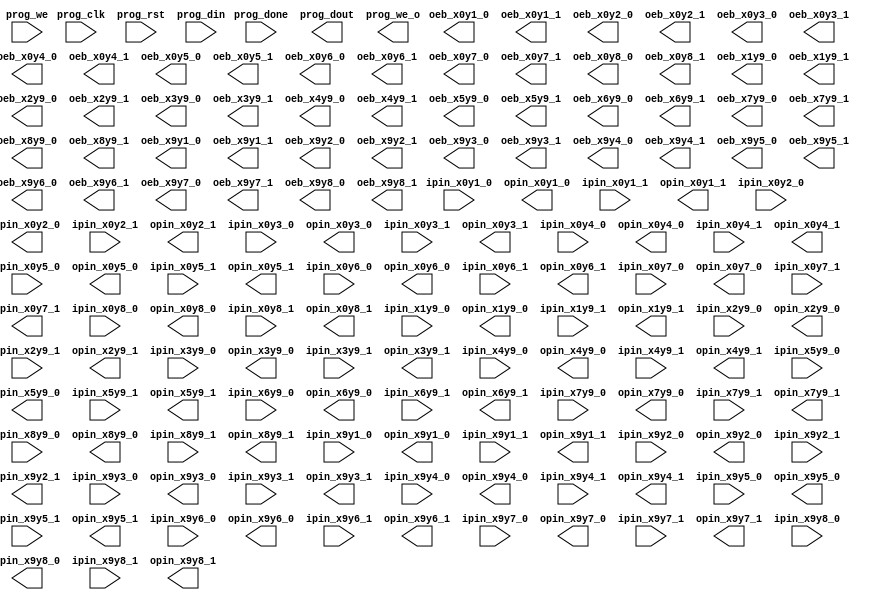
// SPDX-FileCopyrightText: (c) 2022 Princeton University
// SPDX-License-Identifier: BSD-3-Clause
// All rights reserved.
//
// Redistribution and use in source and binary forms, with or without
// modification, are permitted provided that the following conditions are met:
//
// 1. Redistributions of source code must retain the above copyright notice, this
//    list of conditions and the following disclaimer.
//
// 2. Redistributions in binary form must reproduce the above copyright notice,
//    this list of conditions and the following disclaimer in the documentation
//    and/or other materials provided with the distribution.
//
// 3. Neither the name of the copyright holder nor the names of its
//    contributors may be used to endorse or promote products derived from
//    this software without specific prior written permission.
//
// THIS SOFTWARE IS PROVIDED BY THE COPYRIGHT HOLDERS AND CONTRIBUTORS "AS IS"
// AND ANY EXPRESS OR IMPLIED WARRANTIES, INCLUDING, BUT NOT LIMITED TO, THE
// IMPLIED WARRANTIES OF MERCHANTABILITY AND FITNESS FOR A PARTICULAR PURPOSE ARE
// DISCLAIMED. IN NO EVENT SHALL THE COPYRIGHT HOLDER OR CONTRIBUTORS BE LIABLE
// FOR ANY DIRECT, INDIRECT, INCIDENTAL, SPECIAL, EXEMPLARY, OR CONSEQUENTIAL
// DAMAGES (INCLUDING, BUT NOT LIMITED TO, PROCUREMENT OF SUBSTITUTE GOODS OR
// SERVICES; LOSS OF USE, DATA, OR PROFITS; OR BUSINESS INTERRUPTION) HOWEVER
// CAUSED AND ON ANY THEORY OF LIABILITY, WHETHER IN CONTRACT, STRICT LIABILITY,
// OR TORT (INCLUDING NEGLIGENCE OR OTHERWISE) ARISING IN ANY WAY OUT OF THE USE
// OF THIS SOFTWARE, EVEN IF ADVISED OF THE POSSIBILITY OF SUCH DAMAGE.

// Automatically generated by PRGA's RTL generator
module top (
`ifdef USE_POWER_PINS
    inout vccd1,	// User area 1 1.8V supply
    inout vssd1,	// User area 1 digital ground
`endif
    input wire [0:0] ipin_x0y1_0
    , output wire [0:0] opin_x0y1_0
    , output wire [0:0] oeb_x0y1_0
    , input wire [0:0] ipin_x0y1_1
    , output wire [0:0] opin_x0y1_1
    , output wire [0:0] oeb_x0y1_1
    , input wire [0:0] ipin_x0y2_0
    , output wire [0:0] opin_x0y2_0
    , output wire [0:0] oeb_x0y2_0
    , input wire [0:0] ipin_x0y2_1
    , output wire [0:0] opin_x0y2_1
    , output wire [0:0] oeb_x0y2_1
    , input wire [0:0] ipin_x0y3_0
    , output wire [0:0] opin_x0y3_0
    , output wire [0:0] oeb_x0y3_0
    , input wire [0:0] ipin_x0y3_1
    , output wire [0:0] opin_x0y3_1
    , output wire [0:0] oeb_x0y3_1
    , input wire [0:0] ipin_x0y4_0
    , output wire [0:0] opin_x0y4_0
    , output wire [0:0] oeb_x0y4_0
    , input wire [0:0] ipin_x0y4_1
    , output wire [0:0] opin_x0y4_1
    , output wire [0:0] oeb_x0y4_1
    , input wire [0:0] ipin_x0y5_0
    , output wire [0:0] opin_x0y5_0
    , output wire [0:0] oeb_x0y5_0
    , input wire [0:0] ipin_x0y5_1
    , output wire [0:0] opin_x0y5_1
    , output wire [0:0] oeb_x0y5_1
    , input wire [0:0] ipin_x0y6_0
    , output wire [0:0] opin_x0y6_0
    , output wire [0:0] oeb_x0y6_0
    , input wire [0:0] ipin_x0y6_1
    , output wire [0:0] opin_x0y6_1
    , output wire [0:0] oeb_x0y6_1
    , input wire [0:0] ipin_x0y7_0
    , output wire [0:0] opin_x0y7_0
    , output wire [0:0] oeb_x0y7_0
    , input wire [0:0] ipin_x0y7_1
    , output wire [0:0] opin_x0y7_1
    , output wire [0:0] oeb_x0y7_1
    , input wire [0:0] ipin_x0y8_0
    , output wire [0:0] opin_x0y8_0
    , output wire [0:0] oeb_x0y8_0
    , input wire [0:0] ipin_x0y8_1
    , output wire [0:0] opin_x0y8_1
    , output wire [0:0] oeb_x0y8_1
    , input wire [0:0] ipin_x1y9_0
    , output wire [0:0] opin_x1y9_0
    , output wire [0:0] oeb_x1y9_0
    , input wire [0:0] ipin_x1y9_1
    , output wire [0:0] opin_x1y9_1
    , output wire [0:0] oeb_x1y9_1
    , input wire [0:0] ipin_x2y9_0
    , output wire [0:0] opin_x2y9_0
    , output wire [0:0] oeb_x2y9_0
    , input wire [0:0] ipin_x2y9_1
    , output wire [0:0] opin_x2y9_1
    , output wire [0:0] oeb_x2y9_1
    , input wire [0:0] ipin_x3y9_0
    , output wire [0:0] opin_x3y9_0
    , output wire [0:0] oeb_x3y9_0
    , input wire [0:0] ipin_x3y9_1
    , output wire [0:0] opin_x3y9_1
    , output wire [0:0] oeb_x3y9_1
    , input wire [0:0] ipin_x4y9_0
    , output wire [0:0] opin_x4y9_0
    , output wire [0:0] oeb_x4y9_0
    , input wire [0:0] ipin_x4y9_1
    , output wire [0:0] opin_x4y9_1
    , output wire [0:0] oeb_x4y9_1
    , input wire [0:0] ipin_x5y9_0
    , output wire [0:0] opin_x5y9_0
    , output wire [0:0] oeb_x5y9_0
    , input wire [0:0] ipin_x5y9_1
    , output wire [0:0] opin_x5y9_1
    , output wire [0:0] oeb_x5y9_1
    , input wire [0:0] ipin_x6y9_0
    , output wire [0:0] opin_x6y9_0
    , output wire [0:0] oeb_x6y9_0
    , input wire [0:0] ipin_x6y9_1
    , output wire [0:0] opin_x6y9_1
    , output wire [0:0] oeb_x6y9_1
    , input wire [0:0] ipin_x7y9_0
    , output wire [0:0] opin_x7y9_0
    , output wire [0:0] oeb_x7y9_0
    , input wire [0:0] ipin_x7y9_1
    , output wire [0:0] opin_x7y9_1
    , output wire [0:0] oeb_x7y9_1
    , input wire [0:0] ipin_x8y9_0
    , output wire [0:0] opin_x8y9_0
    , output wire [0:0] oeb_x8y9_0
    , input wire [0:0] ipin_x8y9_1
    , output wire [0:0] opin_x8y9_1
    , output wire [0:0] oeb_x8y9_1
    , input wire [0:0] ipin_x9y1_0
    , output wire [0:0] opin_x9y1_0
    , output wire [0:0] oeb_x9y1_0
    , input wire [0:0] ipin_x9y1_1
    , output wire [0:0] opin_x9y1_1
    , output wire [0:0] oeb_x9y1_1
    , input wire [0:0] ipin_x9y2_0
    , output wire [0:0] opin_x9y2_0
    , output wire [0:0] oeb_x9y2_0
    , input wire [0:0] ipin_x9y2_1
    , output wire [0:0] opin_x9y2_1
    , output wire [0:0] oeb_x9y2_1
    , input wire [0:0] ipin_x9y3_0
    , output wire [0:0] opin_x9y3_0
    , output wire [0:0] oeb_x9y3_0
    , input wire [0:0] ipin_x9y3_1
    , output wire [0:0] opin_x9y3_1
    , output wire [0:0] oeb_x9y3_1
    , input wire [0:0] ipin_x9y4_0
    , output wire [0:0] opin_x9y4_0
    , output wire [0:0] oeb_x9y4_0
    , input wire [0:0] ipin_x9y4_1
    , output wire [0:0] opin_x9y4_1
    , output wire [0:0] oeb_x9y4_1
    , input wire [0:0] ipin_x9y5_0
    , output wire [0:0] opin_x9y5_0
    , output wire [0:0] oeb_x9y5_0
    , input wire [0:0] ipin_x9y5_1
    , output wire [0:0] opin_x9y5_1
    , output wire [0:0] oeb_x9y5_1
    , input wire [0:0] ipin_x9y6_0
    , output wire [0:0] opin_x9y6_0
    , output wire [0:0] oeb_x9y6_0
    , input wire [0:0] ipin_x9y6_1
    , output wire [0:0] opin_x9y6_1
    , output wire [0:0] oeb_x9y6_1
    , input wire [0:0] ipin_x9y7_0
    , output wire [0:0] opin_x9y7_0
    , output wire [0:0] oeb_x9y7_0
    , input wire [0:0] ipin_x9y7_1
    , output wire [0:0] opin_x9y7_1
    , output wire [0:0] oeb_x9y7_1
    , input wire [0:0] ipin_x9y8_0
    , output wire [0:0] opin_x9y8_0
    , output wire [0:0] oeb_x9y8_0
    , input wire [0:0] ipin_x9y8_1
    , output wire [0:0] opin_x9y8_1
    , output wire [0:0] oeb_x9y8_1
    , input wire [0:0] prog_clk
    , input wire [0:0] prog_rst
    , input wire [0:0] prog_done
    , input wire [0:0] prog_we
    , input wire [0:0] prog_din
    , output wire [0:0] prog_dout
    , output wire [0:0] prog_we_o
    );
    
endmodule